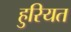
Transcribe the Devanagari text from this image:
हुरियत